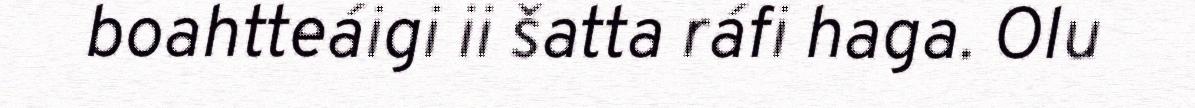
boahtteáigi ii šatta ráfi haga. Olu